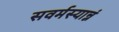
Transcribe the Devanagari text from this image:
सवर्मस्यान्नं